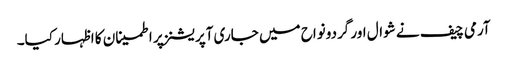
آرمی چیف نے شوال اور گردونواح میں جاری آپریشنز پر اطمینان کا اظہار کیا۔